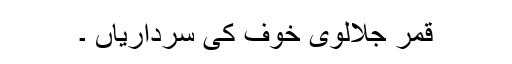
قمر جلالوی خوف کی سرداریاں ۔